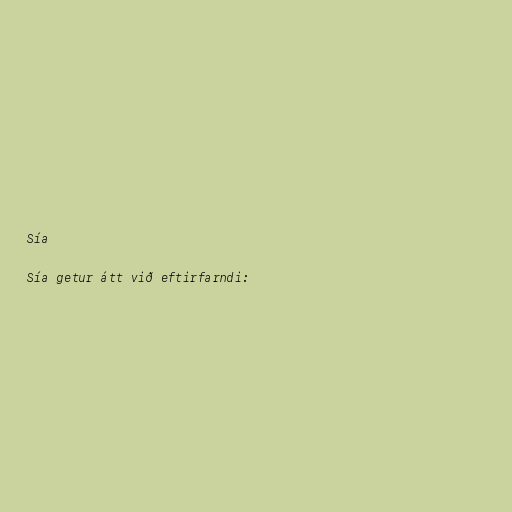
Sía

Sía getur átt við eftirfarndi: